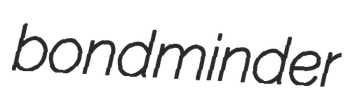
bondminder